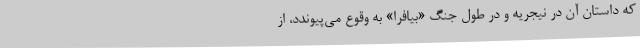
که داستان‌ آن در نیجریه و در طول جنگ «بیافرا» به وقوع می‌پیوندد، از